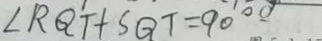
\angle R Q T + S Q T = 9 0 ^ { \circ }